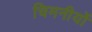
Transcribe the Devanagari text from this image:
चिमनीयों